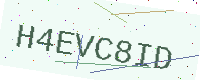
Text: H4EVC8ID